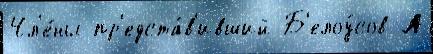
Чл'е́ны пр'едста́в'ивший Б'елоу́сов А